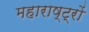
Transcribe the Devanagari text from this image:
महाराष्ट्रों